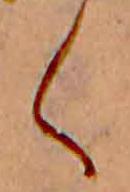
く